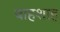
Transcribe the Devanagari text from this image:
बाहशाह